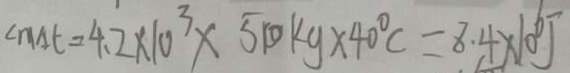
\angle m \Delta t = 4 . 2 \times 1 0 ^ { 3 } \times 5 0 k g \times 4 0 ^ { \circ } C = 8 . 4 \times 1 0 ^ { 6 } J